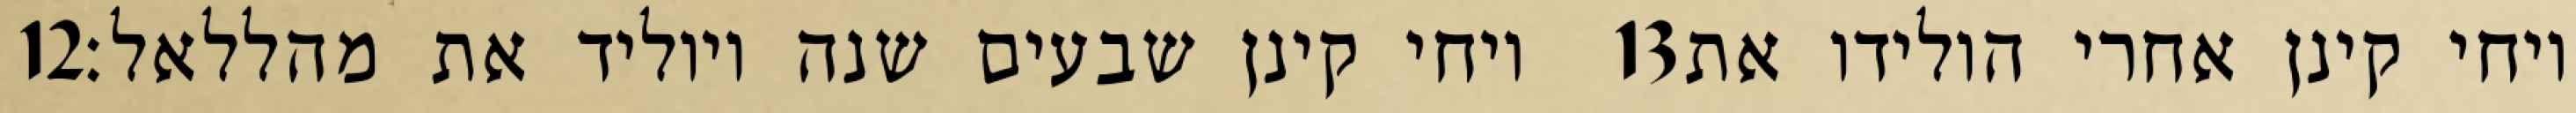
‎12‏ ויחי קינן שבעים שנה ויוליד את מהללאל׃ ‎13‏ ויחי קינן אחרי הולידו את